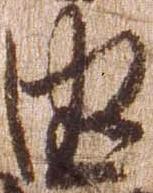
由